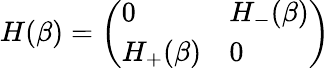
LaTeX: \begin{array}{r}{H(\beta)=\left(\begin{array}{ll}{0}&{H_{-}(\beta)}\\ {H_{+}(\beta)}&{0}\end{array}\right)}\end{array}